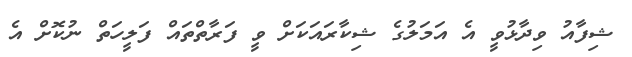
ޝިފާއު ވިދާޅުވީ އެ އަމަލުގެ ޝިކާރައަކަށް ވީ ފަރާތްތައް ފަލީހަތް ނުކޮށް އެ